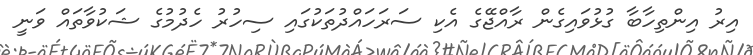
އިރު އިންތިހާބާ ގުޅުވައިގެން ރާއްޖޭގެ އެކި ސަރަހައްދުތަކުގައި ސިހުރު ހެދުމުގެ ޝަކުވާތައް ވަނީ